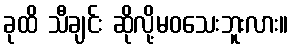
ခုထိ သီချင်း ဆိုလို့မဝသေးဘူးလား။